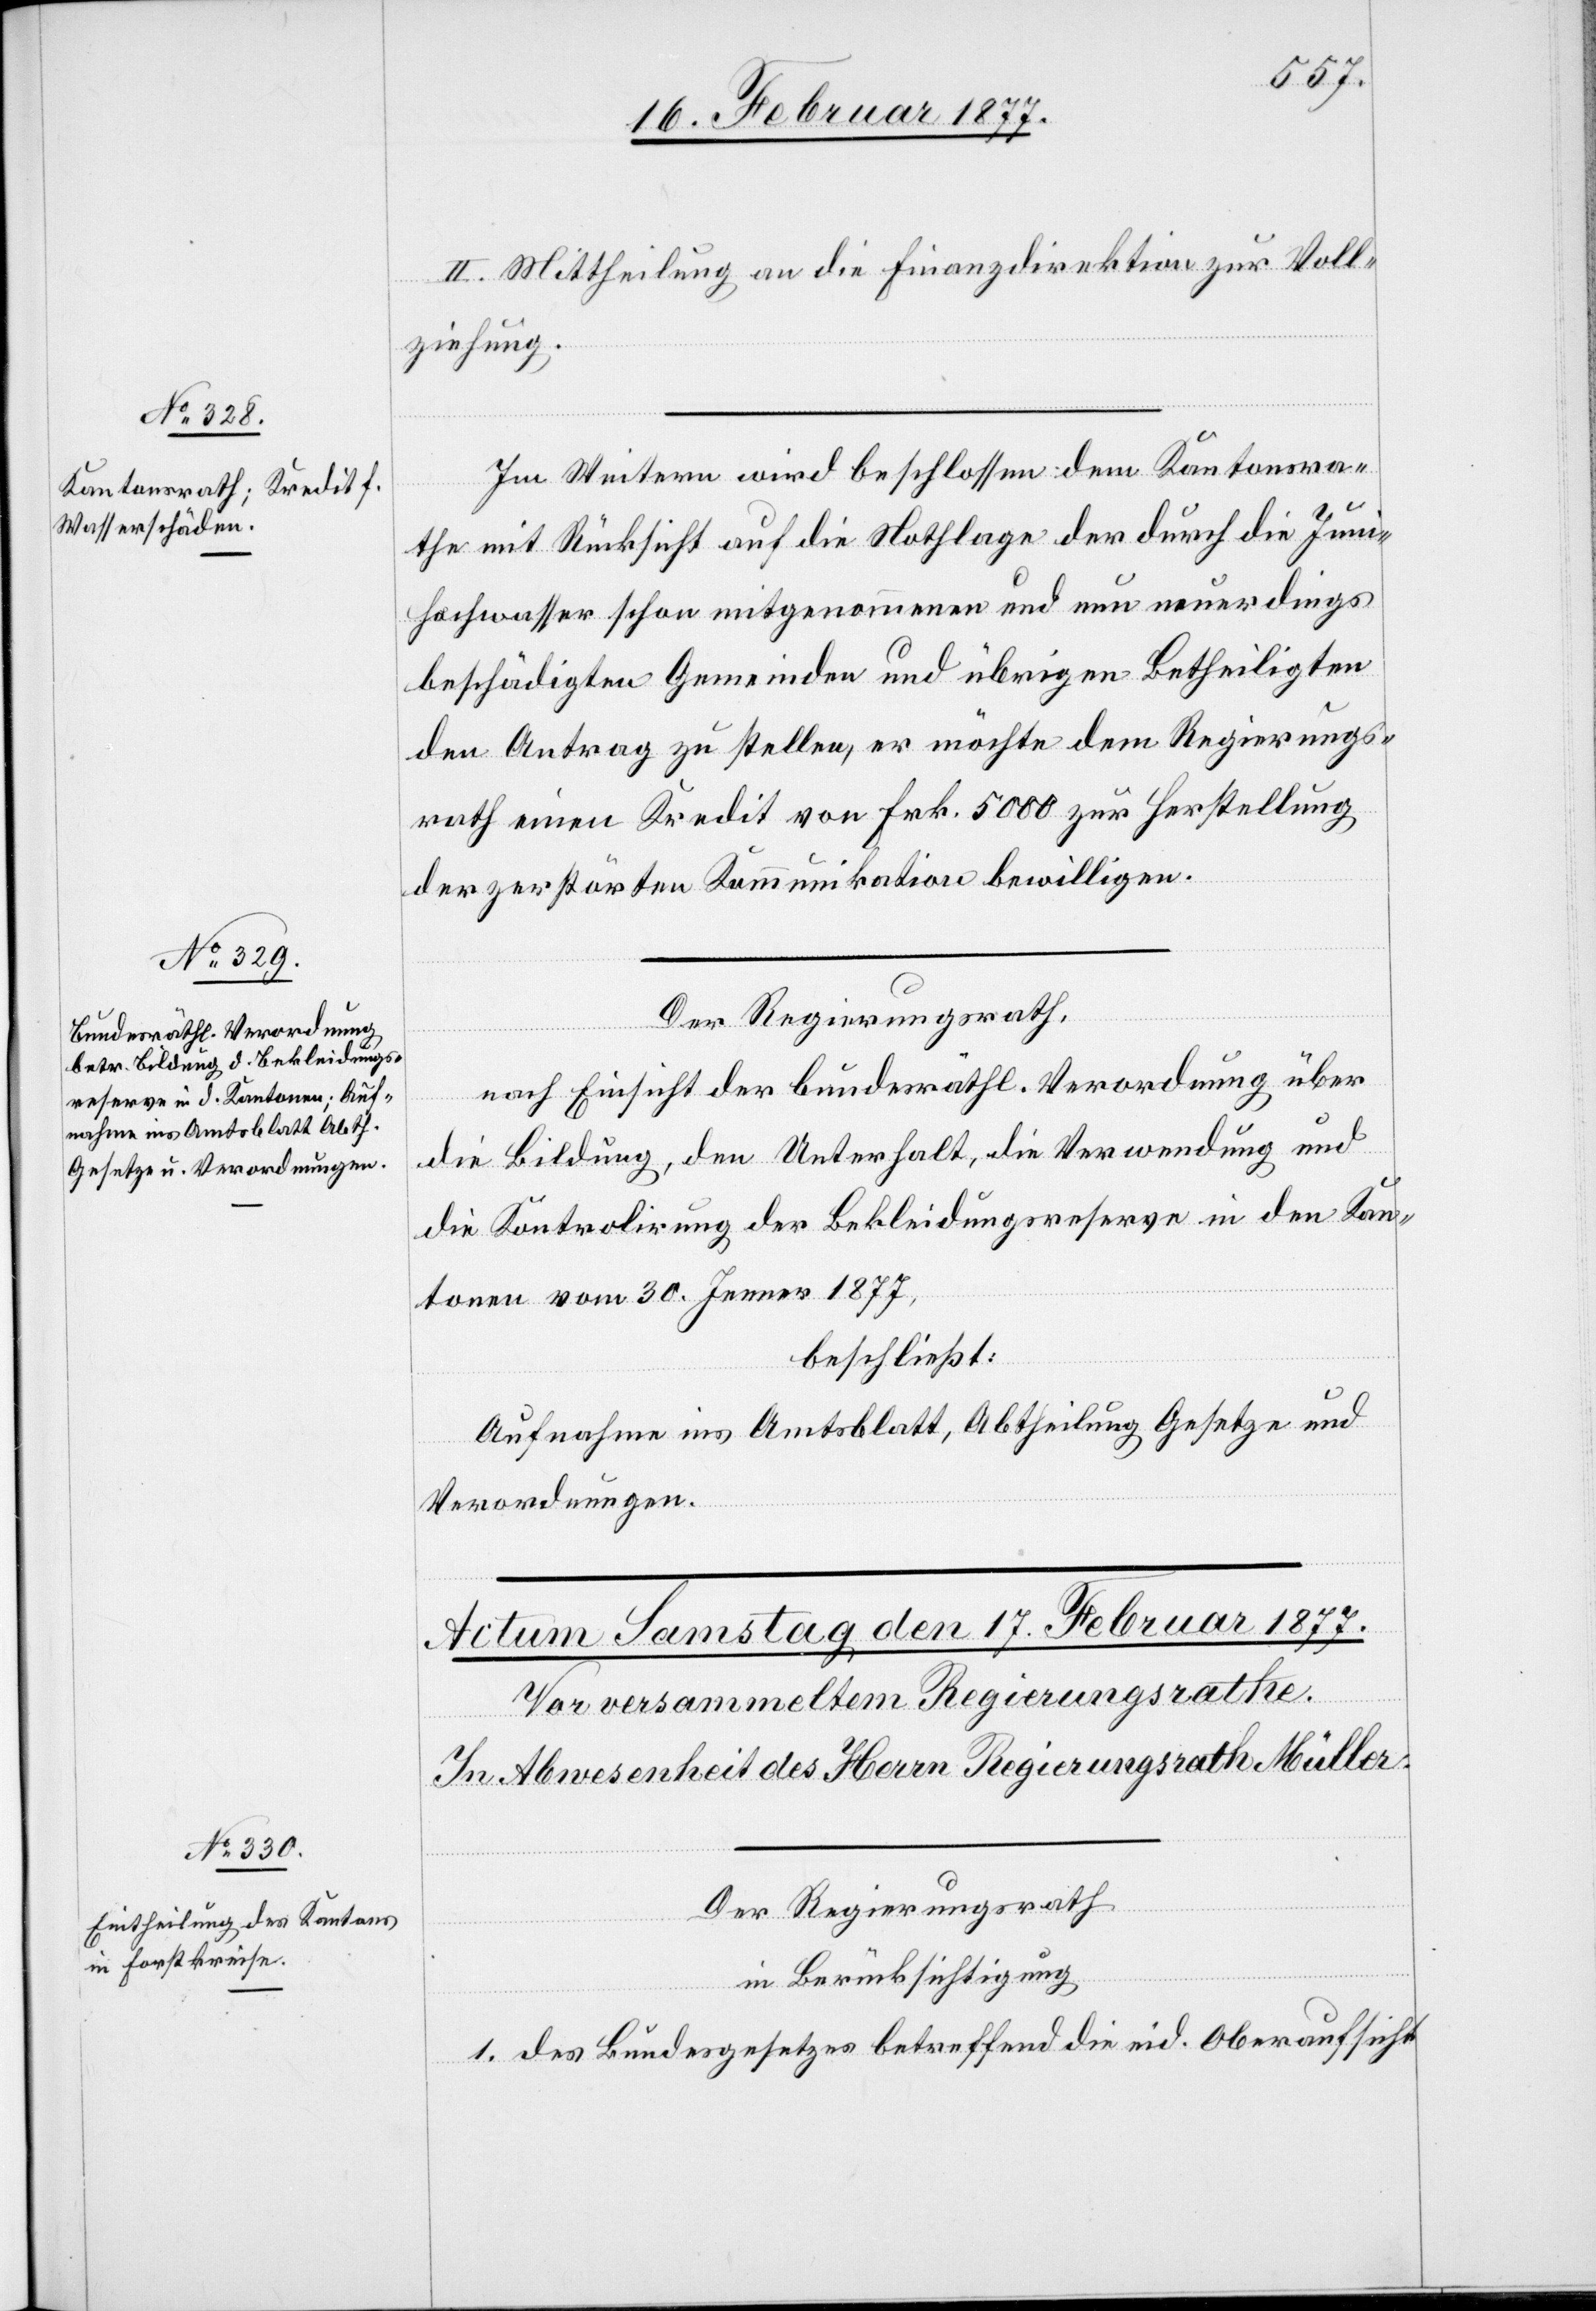
II. Mittheilung an die Finanzdirektion zur Voll¬
ziehung.
Im Weitern wird beschlossen: dem Kantonsra¬
the mit Rücksicht auf die Nothlage der durch die Juni¬
hochwasser schon mitgenommenen und nun neuerdings
beschädigten Gemeinden und übrigen Betheiligten
den Antrag zu stellen, er möchte dem Regierungs¬
rath einen Kredit von Frk. 5000 zur Herstellung
der zerstörten Kommunikation bewilligen.
Der Regierungsrath,
nach Einsicht der bundesräthl. Verordnung über
die Bildung, den Unterhalt, die Verwendung und
die Kontrolirung der Bekleidungsreserve in den Kan¬
tonen vom 30. Jenner 1877,
beschließt:
Aufnahme ins Amtsblatt, Abtheilung Gesetze und
Verordnungen.
Der Regierungsrath,
in Berücksichtigung
1. des Bundesgesetzes betreffend die eid. Oberaufsicht